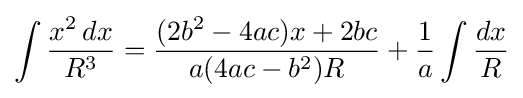
\int {\frac {x^{2}\,dx}{R^{3}}}={\frac {(2b^{2}-4ac)x+2bc}{a(4ac-b^{2})R}}+{\frac {1}{a}}\int {\frac {dx}{R}}